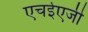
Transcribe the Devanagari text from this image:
एचईएजी